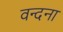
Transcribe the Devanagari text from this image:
वन्‍दना